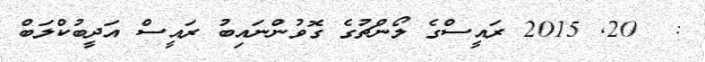
:  20